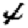
Digit: 4